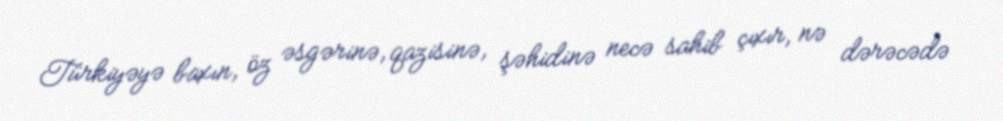
Türkiyəyə baxın, öz əsgərinə, qazisinə, şəhidinə necə sahib çıxır, nə dərəcədə